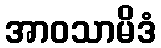
အာဝသာမိဒံ